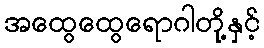
အထွေထွေရောဂါတို့နှင့်